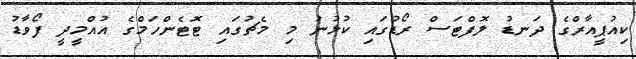
ކިއުޕީއާރްގެ ދަނޑު ލޮފްޓަސް ރޯޑުގައި ކުޅުނު މި މެޗުގައި ޓޮޓެންހަމްގެ އުއްމީދީ ފޯވާޑު